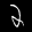
Label: 2